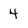
Character: 4